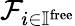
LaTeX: {\mathcal{F}}_{i\in\mathbb{I}^{\mathrm{free}}}